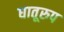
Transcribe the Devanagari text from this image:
धातूरुप